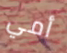
أمي